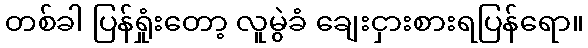
တစ်ခါ ပြန်ရှုံးတော့ လူမွဲခံ ချေးငှားစားရပြန်ရော။